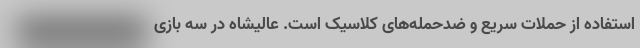
استفاده از حملات سریع و ضدحمله‌های کلاسیک است. عالیشاه در سه بازی